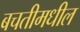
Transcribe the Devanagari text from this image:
बचतीमधील